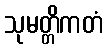
သုမတ္တိကတံ